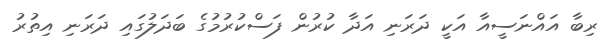
ރިބާ އައްނަސީއާ އަކީ ދަރަނި އަދާ ކުރުން ފަސްކުރުމުގެ ބަދަލުގައި ދަރަނި އިތުރު